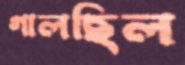
গালছিল